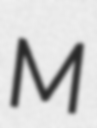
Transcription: M